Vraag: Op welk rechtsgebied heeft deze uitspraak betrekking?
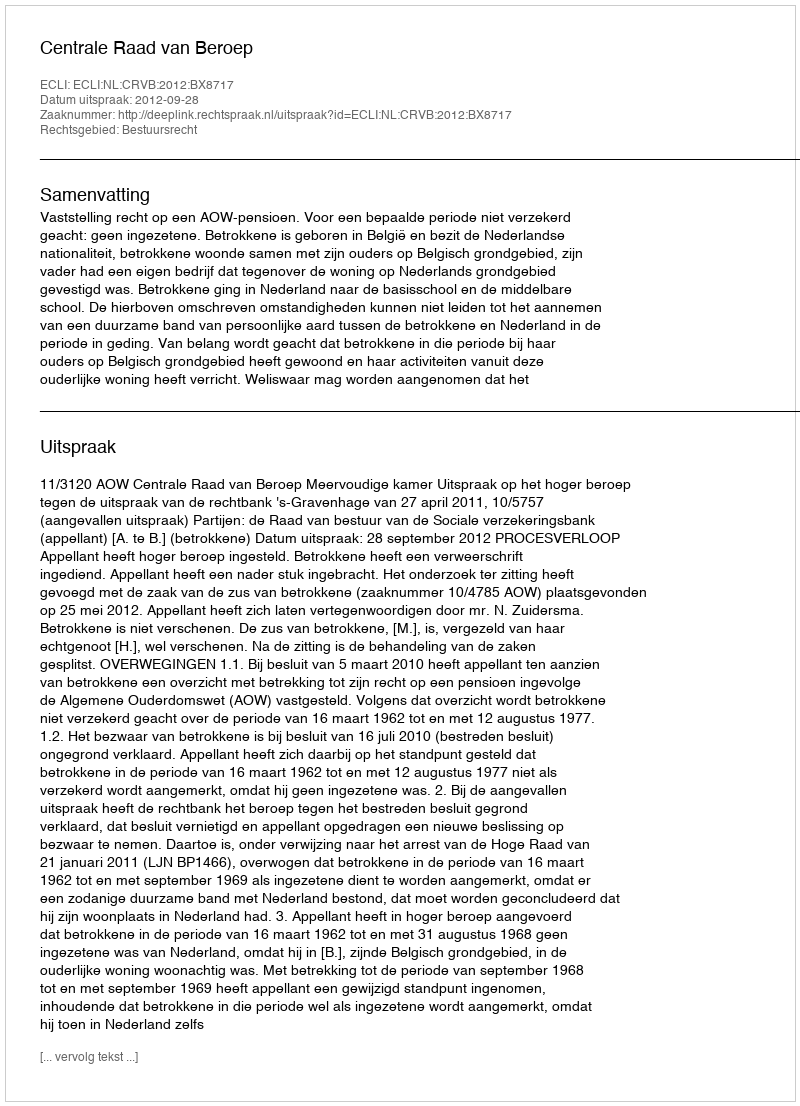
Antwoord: Bestuursrecht